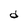
Character: d